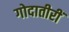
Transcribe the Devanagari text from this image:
गोदातीरीं